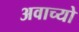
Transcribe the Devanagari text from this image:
अवाच्यो